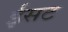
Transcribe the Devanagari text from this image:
ईसट